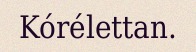
Kórélettan.